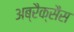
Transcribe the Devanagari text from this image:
अब्रैक्सैस